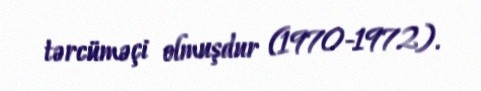
tərcüməçi olmuşdur (1970-1972).